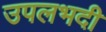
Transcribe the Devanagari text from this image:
उपलभदी